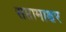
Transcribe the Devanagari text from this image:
सप्तामाक्षर